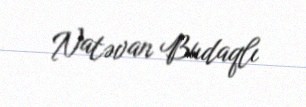
Natəvan Budaqlı